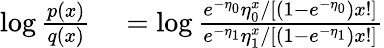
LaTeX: \begin{array}{rl}{\log\frac{p(x)}{q(x)}}&{{}=\log\frac{e^{-\eta_{0}}\eta_{0}^{x}/[(1-e^{-\eta_{0}})x!]}{e^{-\eta_{1}}\eta_{1}^{x}/[(1-e^{-\eta_{1}})x!]}}\end{array}